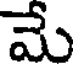
మే